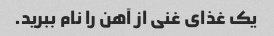
یک غذای غنی از آهن را نام ببرید.